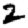
Digit: 2